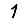
Digit: 1